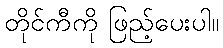
တိုင်ကီကို ဖြည့်ပေးပါ။